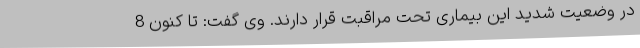
در وضعیت شدید این بیماری تحت مراقبت قرار دارند. وی گفت: تا کنون 8